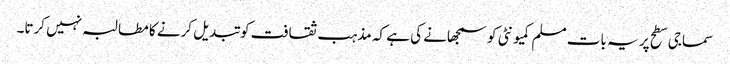
سماجی سطح پر یہ بات مسلم کمیونٹی کو سمجھانے کی ہے کہ مذہب ثقافت کو تبدیل کرنے کا مطالبہ نہیں کرتا۔